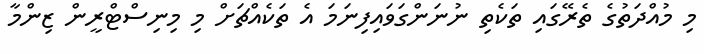
މި މުއްދަތުގެ ތެރޭގައި ތަކެތި ނުނަންގަވައިފިނަމަ އެ ތަކެއްޗަށް މި މިނިސްޓްރީން ޒިންމާ